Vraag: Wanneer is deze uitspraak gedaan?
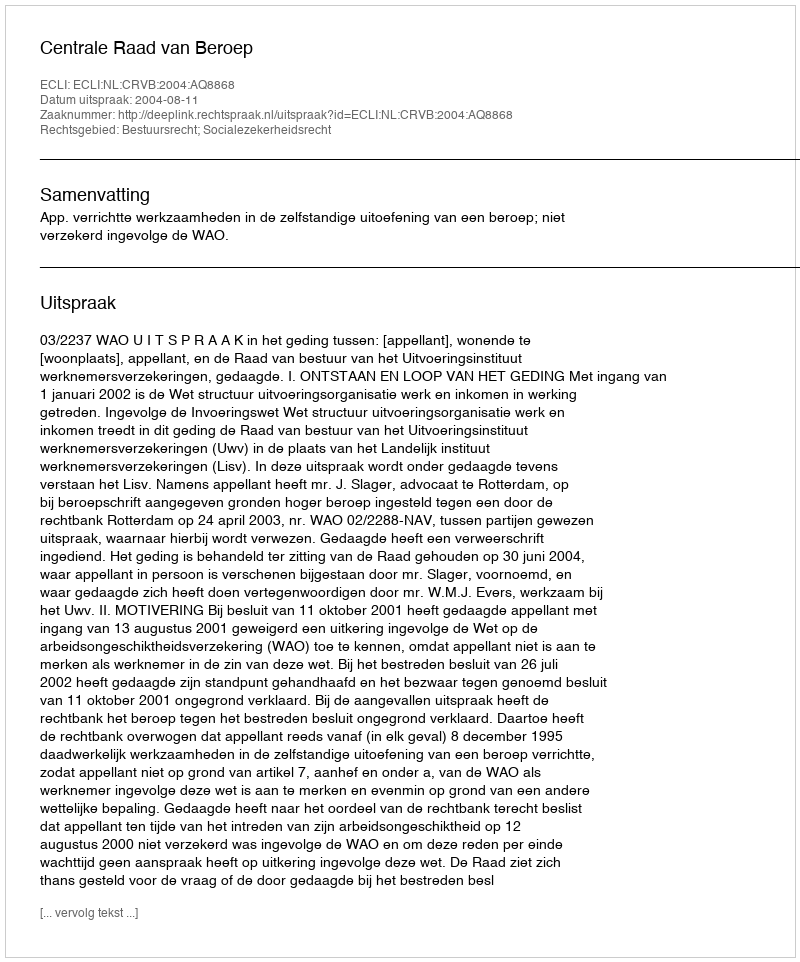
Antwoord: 2004-08-11